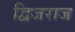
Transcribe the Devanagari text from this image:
द्विजराज